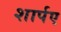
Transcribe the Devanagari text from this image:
शार्पए